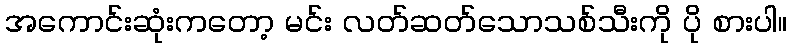
အကောင်းဆုံးကတော့ မင်း လတ်ဆတ်သောသစ်သီးကို ပို စားပါ။